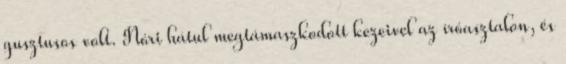
gusztusos volt. Nóri hátul megtámaszkodott kezeivel az íróasztalon, és